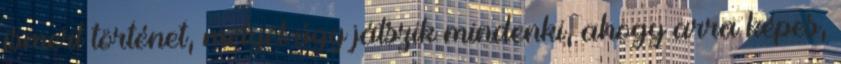
ismert történet, melyet úgy játszik mindenki, ahogy arra képes,